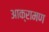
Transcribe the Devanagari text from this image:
आक्रामण